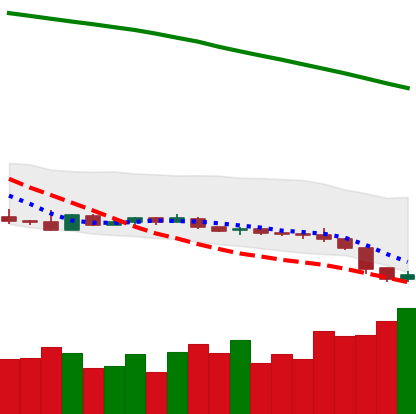
Ticker: XLM-USD
Chart end date: 2019-01-30
Forward return: -6.894%
Label: down_5_7